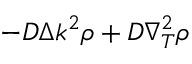
- D \Delta k ^ { 2 } \rho + D \nabla _ { T } ^ { 2 } \rho